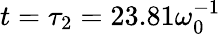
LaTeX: t=\tau_{2}=23.81\omega_{0}^{-1}